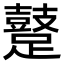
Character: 𨆊